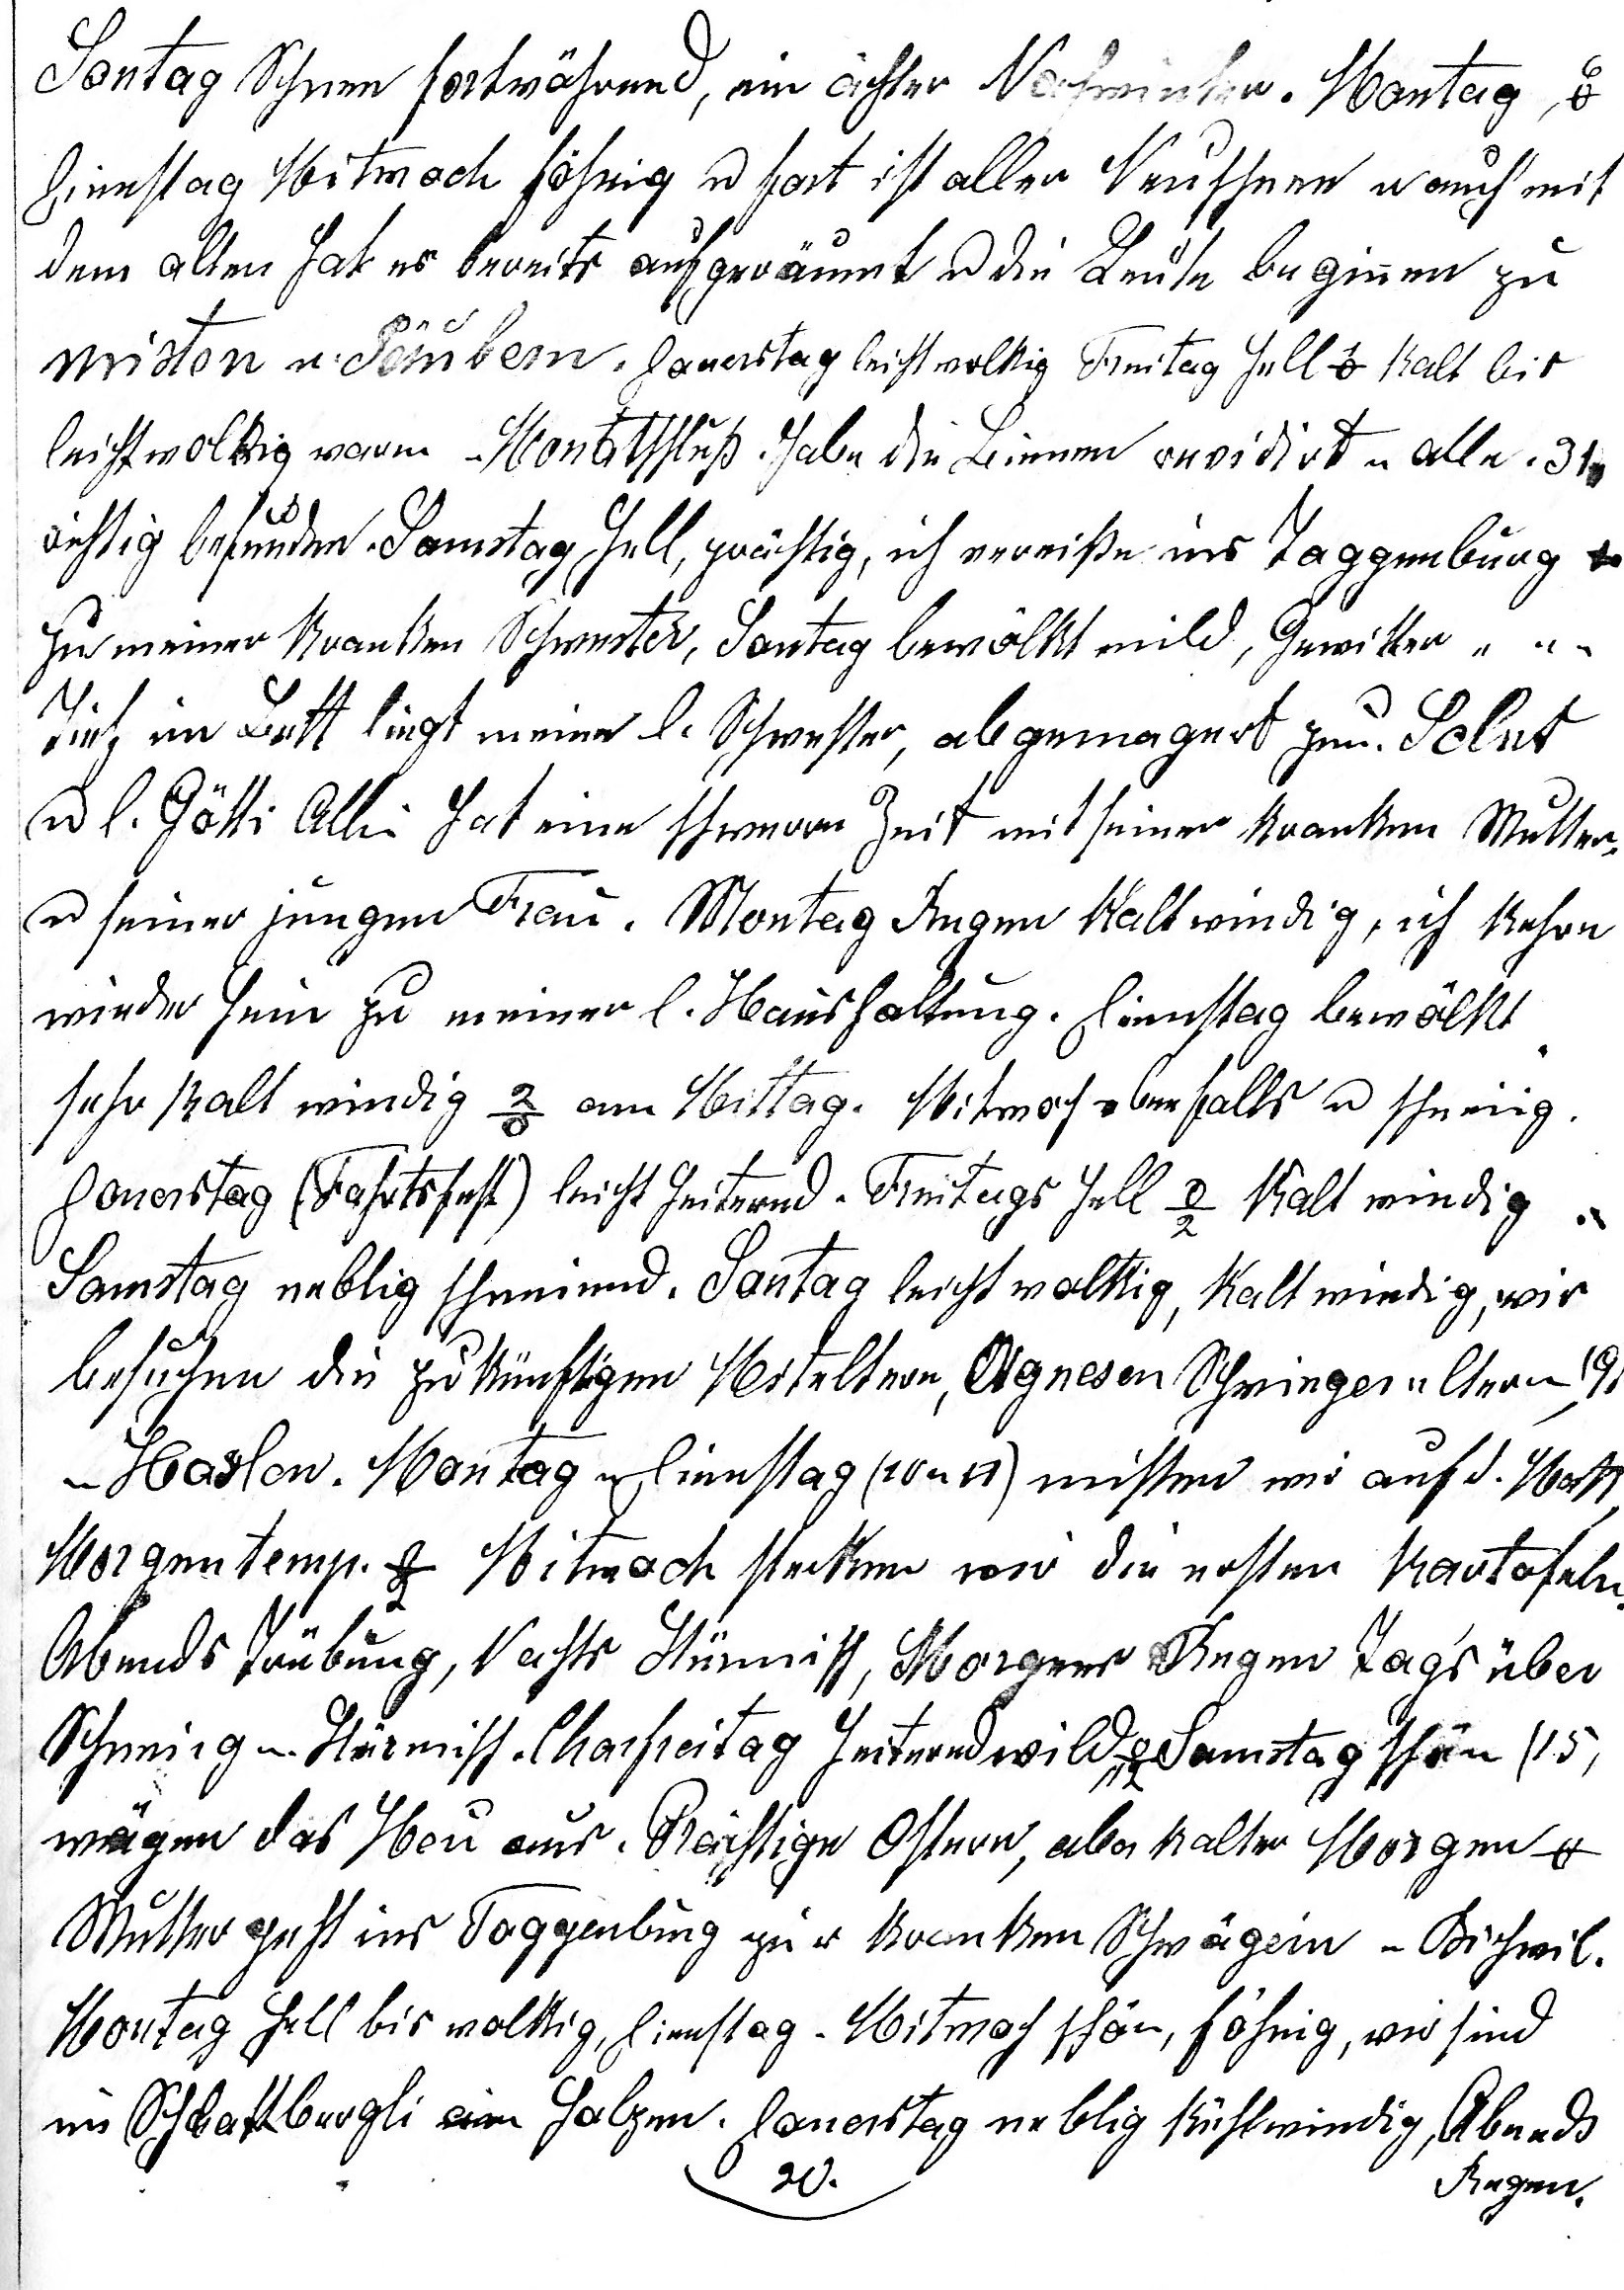
Sontag Schnee fortwährend, ein ächter Nachwinter. Montag 6o
Dienstag Mitwoch föhnig u fort ist aller Neuschnee u auch mit
dem alten hat es bereits aufgeräumt u die Leute beginnen zu
misten u säubern. Donerstag leicht wolkig Freitag hell 1o kalt bis
leicht wolkig warm u Monatsschluss. Habe die Bienen revidirt u alle
(31.) richtig befunden. Samstag hell, prächtig, ich verreise ins Togenburg zu
meiner kranken Schwester, Sontag bewölkt mild, Gewitter.

Tief im Bett liegt meine l. Schwes¬ter, abgemagert zum Scelet
u l. Götti Albin hat eine schwere Zeit mit seiner kranken Mutter,
u seiner jungen Frau. Montag Regen kalt windig, ich kehre
wieder heim zu meiner l. Haushaltung. Dienstag bewölkt
sehr kalt windig 2o am Mittag. Mitwoch ebenfalls u schneiig.
Donerstag (Fahrtfest) leicht heiternd. Freitags hell -2o kalt windig.
Samstag neblig schneiend. Sontag leicht wolkig, kalt windig, wir
besuchen die zukünftigen Miteltern, Agnesen Schwiegereltern
in Haslen (9.). Montag u Dienstag (10. u 11.) misten wir auf d. Matt,
Morgentemp. -2o Mitwoch stecken wir die ersten Kartofeln.
Abends Trübung, nachts Stürmisch, Morgens Regen Tagsüber
schneiig u stürmisch. Charfreitag heiternd wild, -2o Samstag schön (15.),
wägen das Heu aus. Prächtige Ostern, aber kalter Morgen 0o.
Mutter geht ins Toggenburg zu d kranken Schwägerin n Bichwil.
Montag hell bis wolkig, Dienstag u Mitwoch schön, föhnig, wir sind im
Schlattbergli am holzen. Donerstag 20. neblig kühl windig. Abends
20.
 Regen.